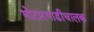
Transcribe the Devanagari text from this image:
मोटारगाडीचालक